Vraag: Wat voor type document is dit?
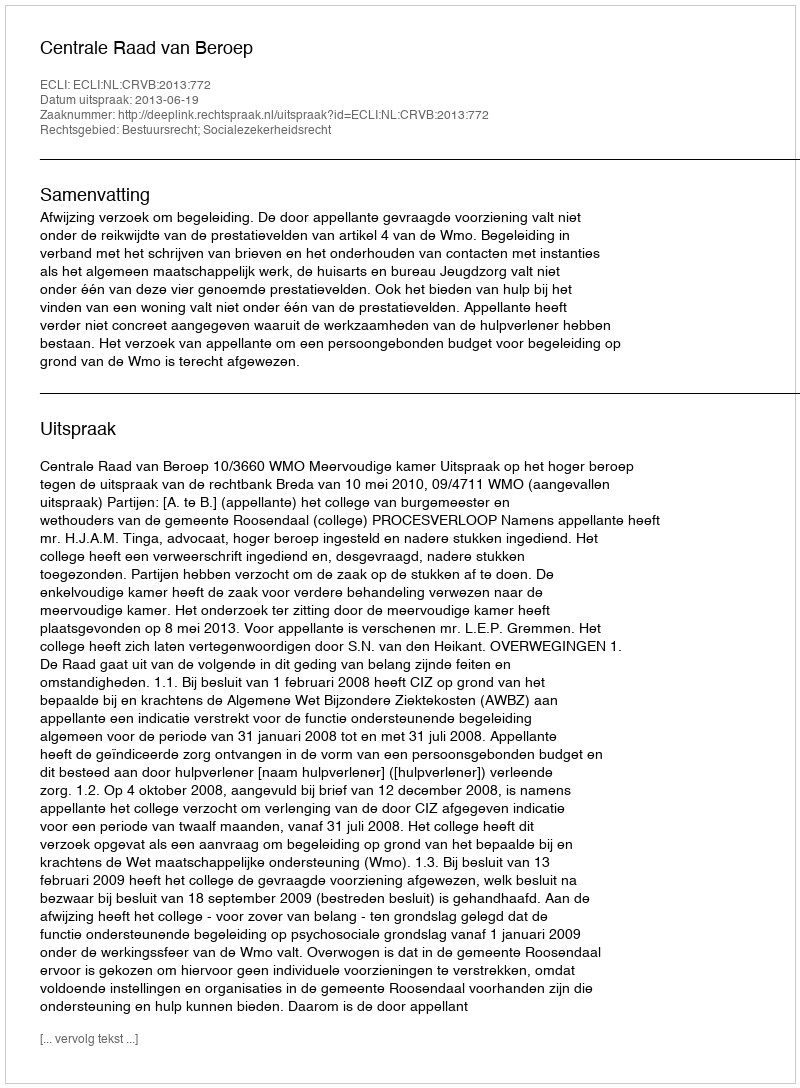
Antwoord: Uitspraak